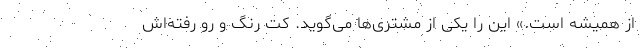
از همیشه است.» این را یکی از مشتری‌ها می‌گوید. کت رنگ و رو رفته‌اش